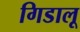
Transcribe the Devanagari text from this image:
गिडालू